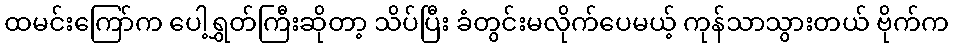
ထမင်းကြော်က ပေါ့ရွှတ်ကြီးဆိုတာ့ သိပ်ပြီး ခံတွင်းမလိုက်ပေမယ့် ကုန်သာသွားတယ် ဗိုက်က